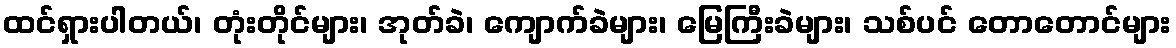
ထင်ရှားပါတယ်၊ တုံးတိုင်များ၊ အုတ်ခဲ၊ ကျောက်ခဲများ၊ မြေကြီးခဲများ၊ သစ်ပင် တောတောင်များ